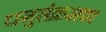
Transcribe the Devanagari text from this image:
धनुसंक्रमण